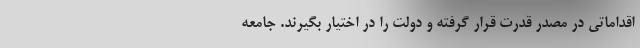
اقداماتی در مصدر قدرت قرار گرفته و دولت را در اختیار بگیرند. جامعه